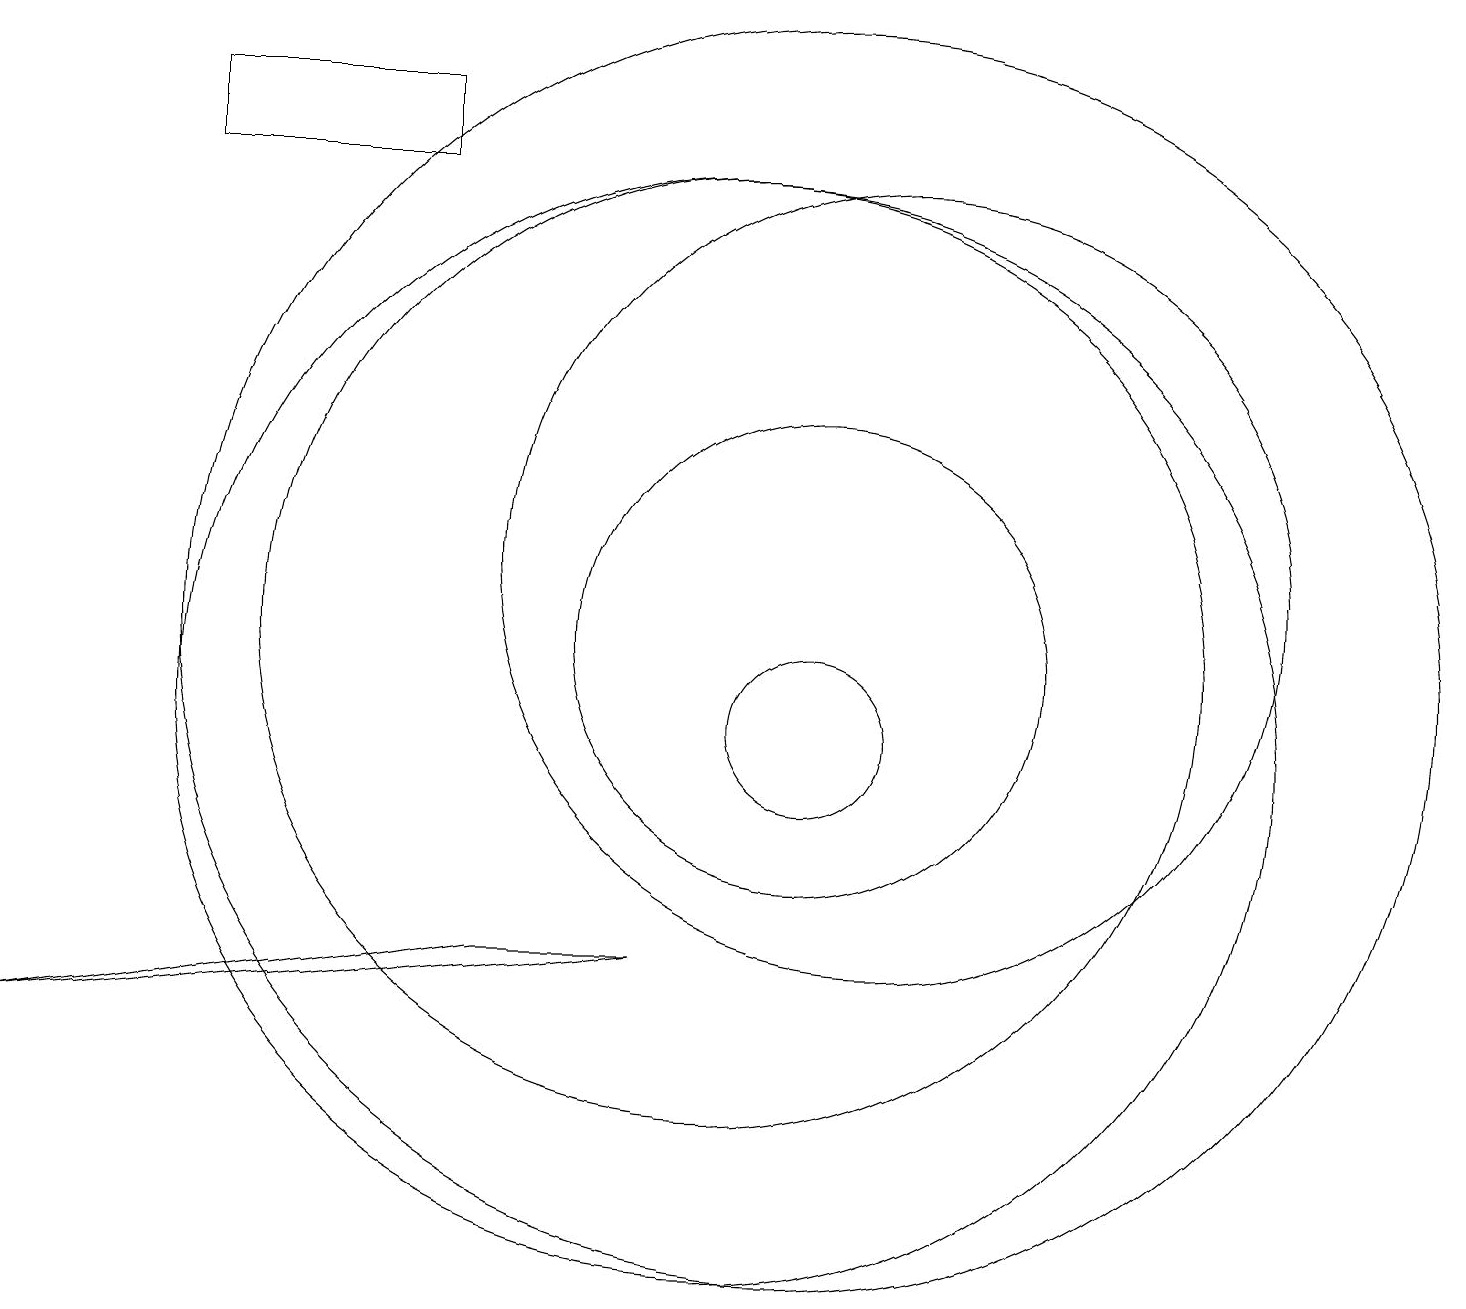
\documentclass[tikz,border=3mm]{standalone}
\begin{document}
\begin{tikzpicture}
\draw (10,10) circle (7);
\draw (6,18) rectangle (3,17);
\draw (11,10) circle (1);
\draw (7,7) -- (1,6) -- (9,7) -- cycle;
\draw (11,11) circle (8);
\draw (12,12) circle (5);
\draw (10,11) circle (6);
\draw (11,11) circle (3);
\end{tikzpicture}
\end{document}